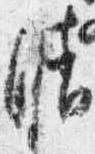
晴